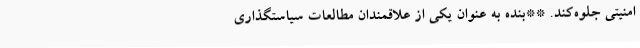
امنیتی جلوه‌کند. **بنده به عنوان یکی از علاقمندان مطالعات سیاستگذاری